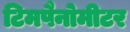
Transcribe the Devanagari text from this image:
टिमपैनोमीटर